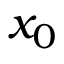
x _ { 0 }